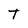
Character: T